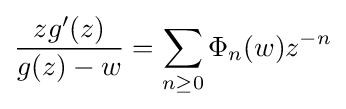
{\frac {zg'(z)}{g(z)-w}}=\sum _{n\geq 0}\Phi _{n}(w)z^{-n}